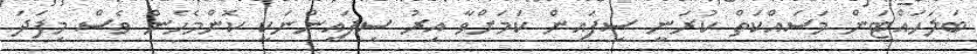
ބަލަހައްޓަން މަސައްކަތް ކުރަނީ ސިފައިން ކަމަށްވާ އިރު ސިފައިންނަކީ ކޮންމެހެން ވެސް މިފަދަ